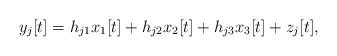
LaTeX: \begin{align*}y_j[t]&= h_{j1} x_1[t]+h_{j2} x_2[t]+h_{j3} x_3[t]+z_j[t],\end{align*}